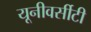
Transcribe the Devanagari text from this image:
यूनीवर्सीटी